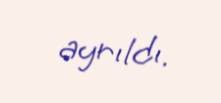
ayrıldı.